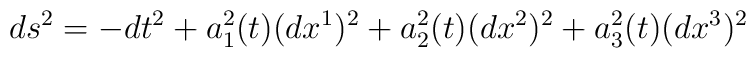
ds^2=-dt^2+a_1^2(t)(dx^1)^2+a_2^2(t)(dx^2)^2+a_3^2(t)(dx^3)^2